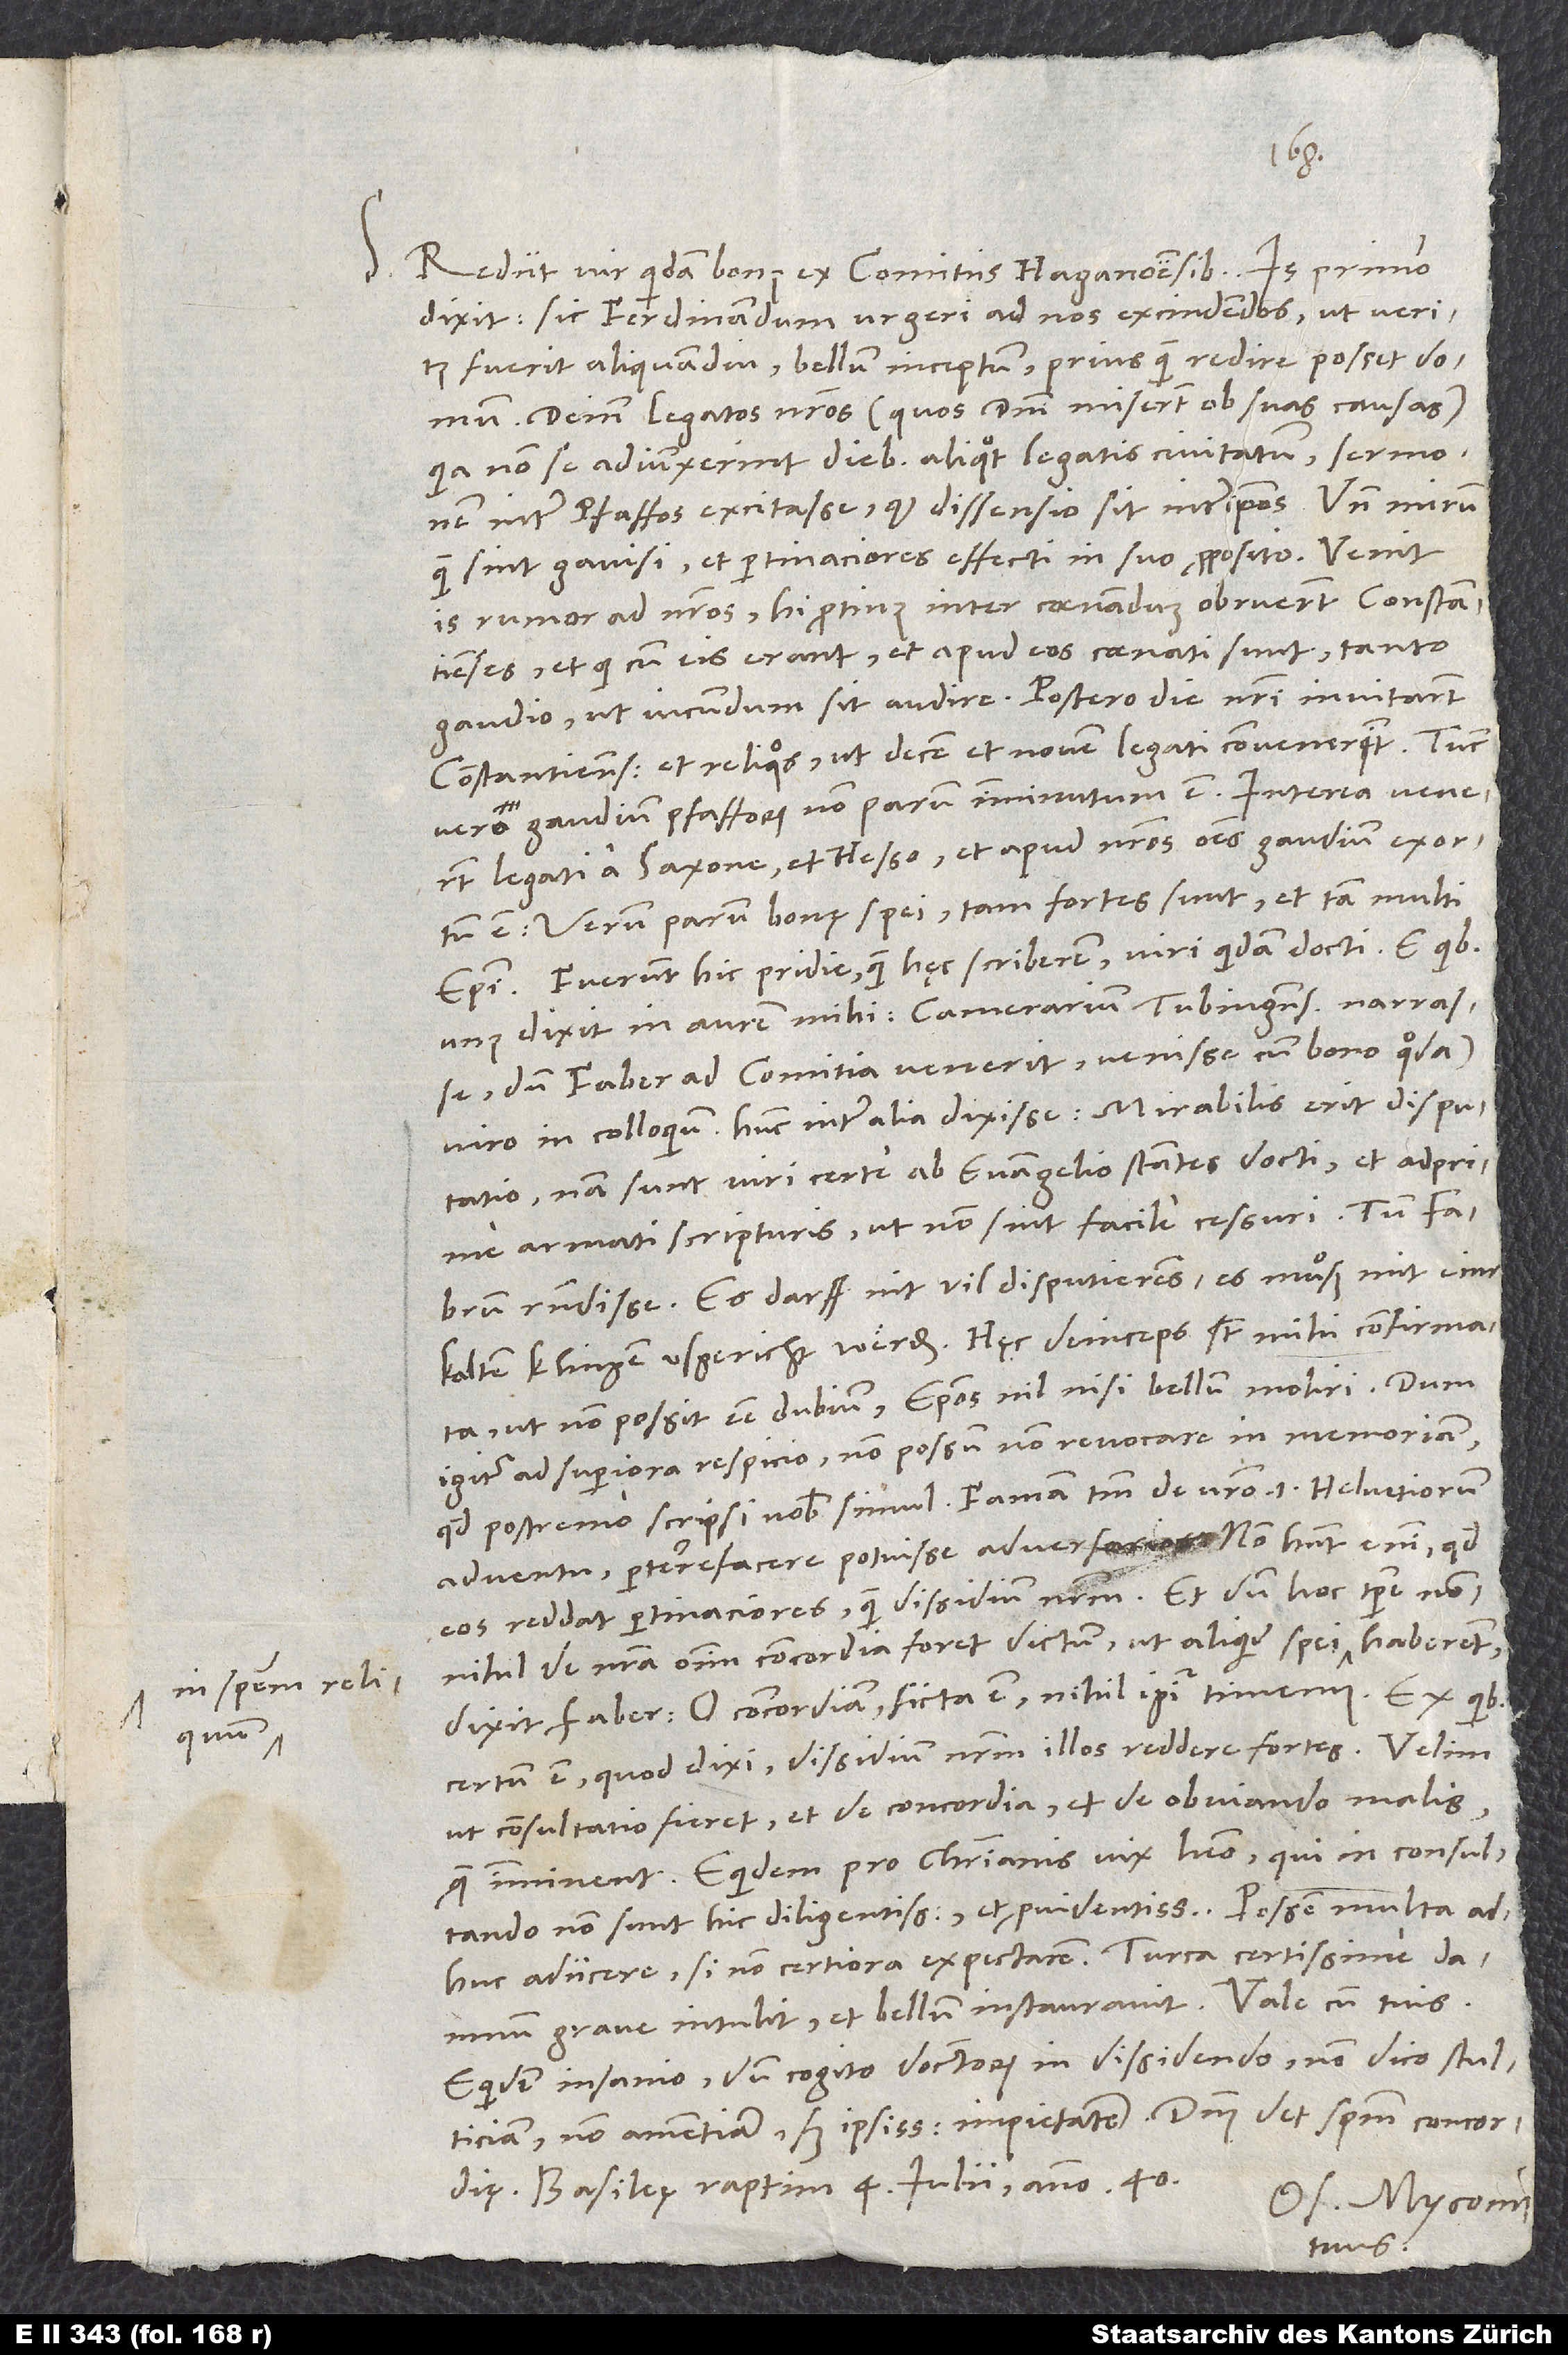
S. Rediit vir quidam bonus ex comitiis Haganoensibus. Is primo
dixit sic Ferdinandum urgeri ad nos excindendos, ut veritus
fuerit aliquamdiu bellum inceptum, priusquam redire posset domum.
Deinde legatos nostros (quos domini miserunt ob suas causas),
quia non se adiunxerint diebus aliquot legatis civitatum, sermonem
inter pfaffos excitasse, quod dissensio sit inter ipsos, unde mirum,
quam sint gavisi et pertinaciores effecti in suo proposito.
is rumor ad nostros; hi protinus inter coenandum obruerunt Constantienses
et qui cum eis erant, et apud eos coenati sunt tanto
gaudio, ut iucundum sit audire. Postero die nostri invitarunt
Constantienses et reliquos, ut decem et novem legati convenerint. Tunc
vero gaudium pfafforum non parum imminutum est. Interea venerunt
legati a Saxone et Hesso, et apud nostros omnes gaudium exortum
est, verum parum bonę spei; tam fortes sunt et tam multi
Fuerunt hic pridie, quam hęc scriberem, viri quidam docti, e quibus
unus dixit in aurem mihi Camerarium Tubingensem narrasse,
dum Faber ad comitia venerit, venisse cum bono quodam
viro in colloquium. Hunc inter alia dixisse: „Mirabilis erit disputatio;
nam sunt viri certe ab evangelio stantes docti et adprime
armati scripturis, ut non sint facile cessuri.“ Tum Fabrum
respondisse: „Es darff nit vil disputierens; es muͦß mit einr
kalten klingen usgericht werden.“ Hęc deinceps sunt mihi confirmata,
ut non possit esse dubium episcopos nihil nisi bellum moliri. Dum
igitur ad superiora respicio, non possum non revocare in memoriam,
adventu perterrefacere potuisse adversarios; non habent enim, quod
eos reddat pertinaciores quam dissidium nostrum. Et dum hoc tempore nonnihil
dixit Faber: „O concordiam; ficta est, nihil igitur timemus.“ Ex quibus
certum est, quod dixi, dissidium nostrum illos reddere fortes. Velim,
ut consultatio fieret et de concordia et de obviando malis,
quę imminent. Equidem pro christianis vix habeo, qui in consultando
adhuc adiicere, si non certiora expectarem. Turca certissime damnum
Equidem insanio, dum cogito doctorum in dissidendo, non dico stulticiam,
non amentiam, sed ipsissimam impietatem. Dominus det spem concordię.
Basileę, raptim, 4. iulii anno 40.
Os. Myconius
tuus.